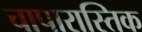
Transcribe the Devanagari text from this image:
चापारास्तिक